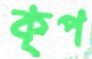
কৃপ